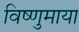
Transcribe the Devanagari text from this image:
विष्णुमाया